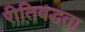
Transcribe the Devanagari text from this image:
रीतिबद्धता